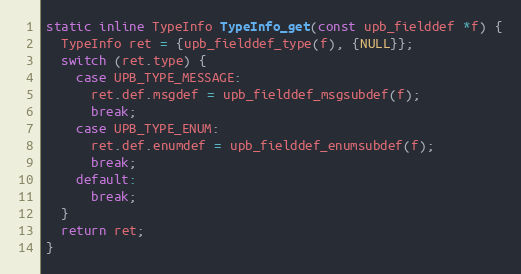
Language: C
static inline TypeInfo TypeInfo_get(const upb_fielddef *f) {
  TypeInfo ret = {upb_fielddef_type(f), {NULL}};
  switch (ret.type) {
    case UPB_TYPE_MESSAGE:
      ret.def.msgdef = upb_fielddef_msgsubdef(f);
      break;
    case UPB_TYPE_ENUM:
      ret.def.enumdef = upb_fielddef_enumsubdef(f);
      break;
    default:
      break;
  }
  return ret;
}